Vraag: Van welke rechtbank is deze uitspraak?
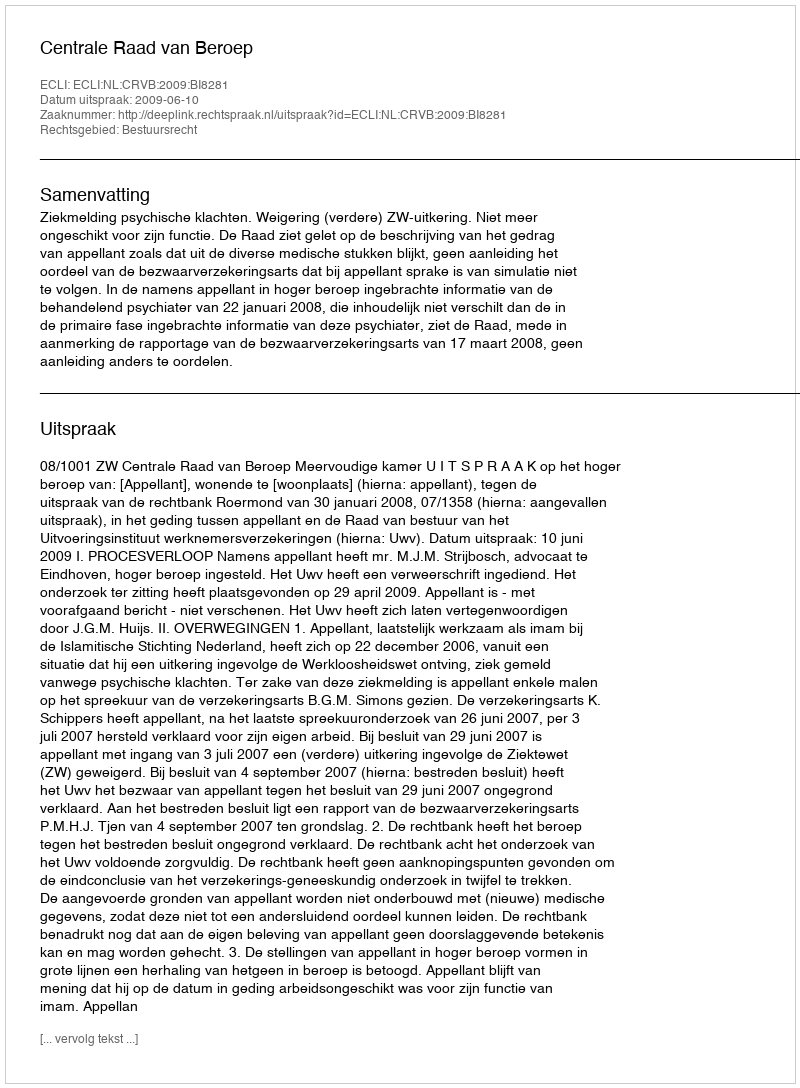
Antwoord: Centrale Raad van Beroep